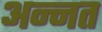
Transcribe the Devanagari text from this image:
अन्नत